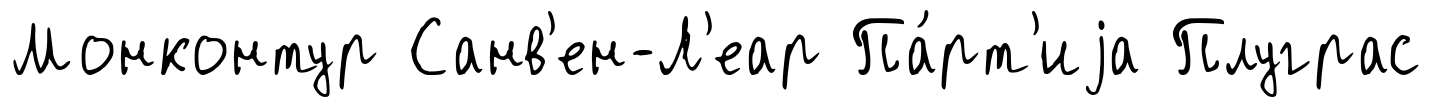
Монконтур Санв'ен-Л'еар Па́рт'иjа Плуграс